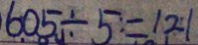
6 0 5 \div 5 = 1 2 1